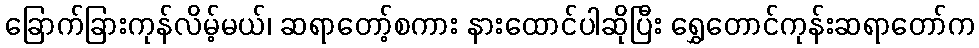
ခြောက်ခြားကုန်လိမ့်မယ်၊ ဆရာတော့်စကား နားထောင်ပါဆိုပြီး ရွှေတောင်ကုန်းဆရာတော်က